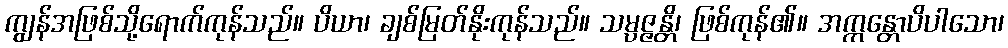
ကျွန်အဖြစ်သို့ရောက်ကုန်သည်။ ပိယာ၊ ချစ်မြတ်နိုးကုန်သည်။ သမ္ပဇ္ဇန္တိ၊ ဖြစ်ကုန်၏။ အက္ကန္တောပိပါသော၊